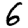
Digit: 6